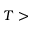
T >